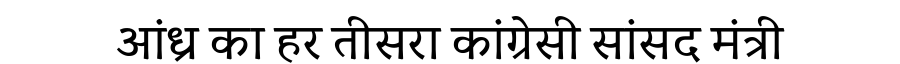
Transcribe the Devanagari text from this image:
आंध्र का हर तीसरा कांग्रेसी सांसद मंत्री